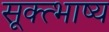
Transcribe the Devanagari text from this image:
सूक्त्भाष्य